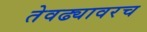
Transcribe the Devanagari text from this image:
तेवढ्यावरच